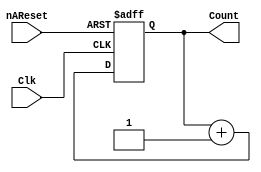
/**	@task   : N bit Counter with Asycn. Reset
 *	@params : You can specify number of bit of counter @default -> Nbit = 3 
 *	@date   : 22.03.2017	
 */
module CounterNbit(Clk,nAReset,Count);
parameter Nbit = 3;

input Clk;
input nAReset;
output [Nbit-1:0] Count;

reg [Nbit-1:0] Counter;

always @(posedge Clk or negedge nAReset)
	if(nAReset == 1'b0)
		Counter <= 0;	
	else
		Counter <= Counter + 1'b1;

assign Count = Counter;
	
endmodule


module OpSelect(In1,In2,Sel,OpOut);

input In1,In2;
input Sel;
output OpOut;

reg OutReg;

always @(Sel or In1 or In2)
	if(Sel == 1'b0)
		OutReg <= In1 & In2;
	else
		OutReg <= In1 ^ In2;

assign OpOut = OutReg;		 	

endmodule